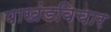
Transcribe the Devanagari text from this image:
पाखंडविचार